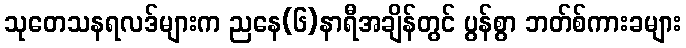
သုတေသနရလဒ်များက ညနေ(၆)နာရီအချိန်တွင် ပွန်စွာ ဘတ်စ်ကားခများ